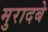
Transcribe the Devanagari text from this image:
मुरादबे